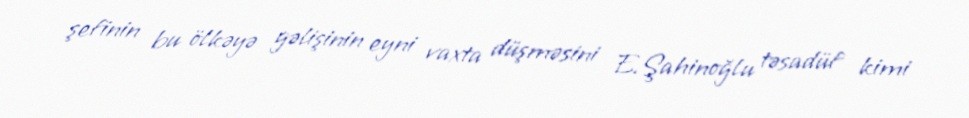
şefinin bu ölkəyə gəlişinin eyni vaxta düşməsini E.Şahinoğlu təsadüf kimi